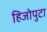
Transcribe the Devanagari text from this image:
हिजोपुटा